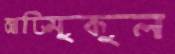
আটিমুকুল